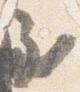
至